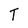
Character: T